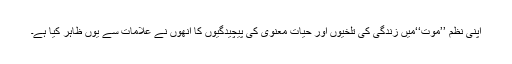
اپنی نظم ’’موت‘‘میں زندگی کی تلخیوں اور حیات معنوی کی پیچیدگیوں کا انھوں نے علامات سے یوں ظاہر کیا ہے۔